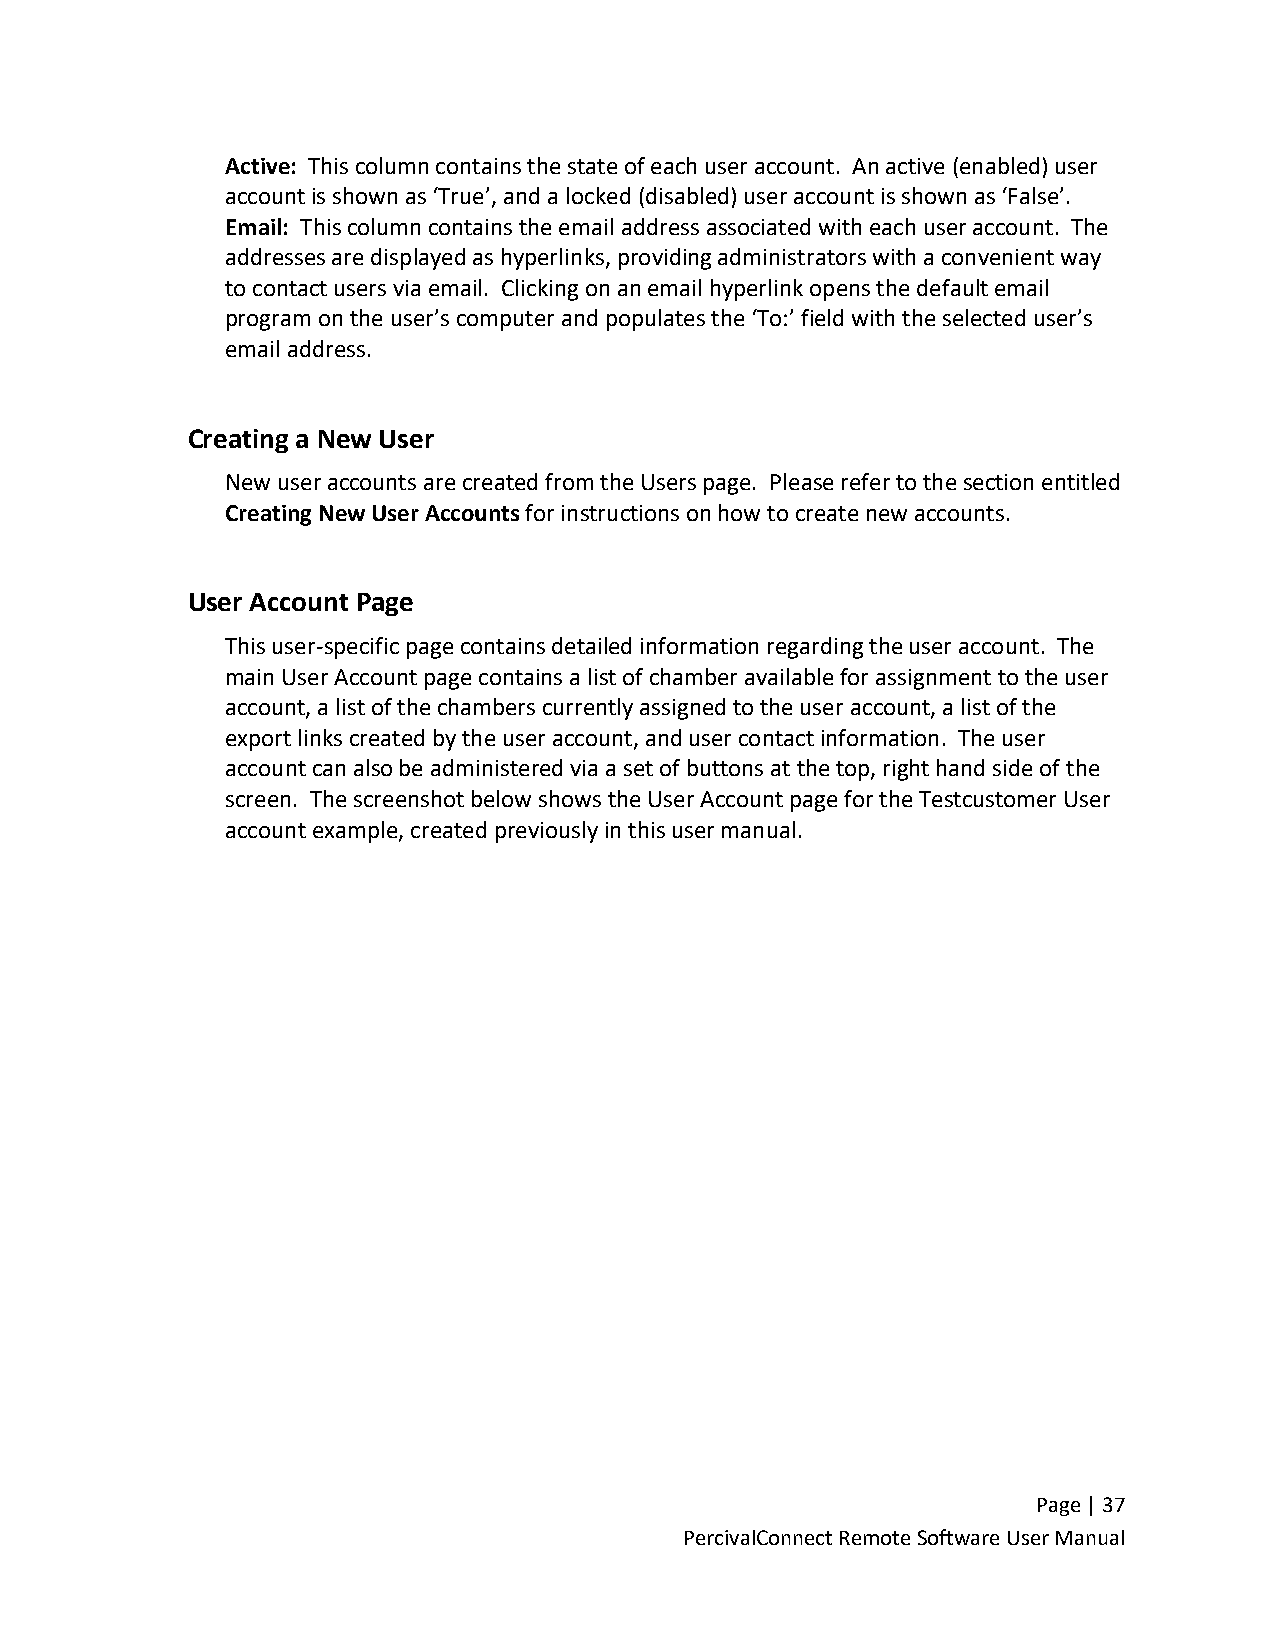
Active: This column contains the state of each user account. An active (enabled) user
 account is shown as ‘True’, and a locked (disabled) user account is shown as ‘False’.
 Email: This column contains the email address associated with each user account. The
 addresses are displayed as hyperlinks, providing administrators with a convenient way
 to contact users via email. Clicking on an email hyperlink opens the default email
 program on the user’s computer and populates the ‘To:’ field with the selected user’s
 email address.
 Creating a New User
 New user accounts are created from the Users page. Please refer to the section entitled
 Creating New User Accounts for instructions on how to create new accounts.
 User Account Page
 This user-specific page contains detailed information regarding the user account. The
 main User Account page contains a list of chamber available for assignment to the user
 account, a list of the chambers currently assigned to the user account, a list of the
 export links created by the user account, and user contact information. The user
 account can also be administered via a set of buttons at the top, right hand side of the
 screen. The screenshot below shows the User Account page for the Testcustomer User
 account example, created previously in this user manual.
 Page | 37
 PercivalConnect Remote Software User Manual